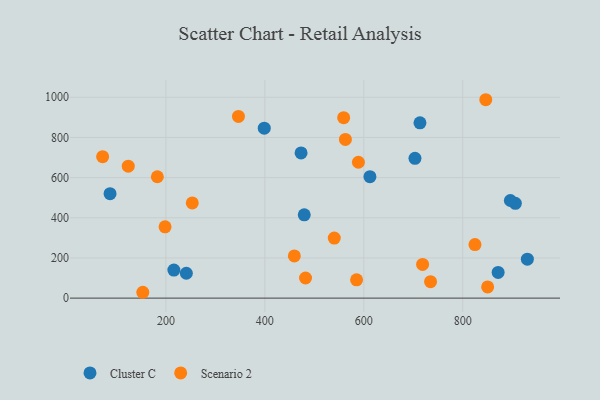
{"axis": {"x": "Speed", "y": "Profit"}, "legend": ["Cluster C", "Scenario 2"], "data": [{"x": "906.3", "y": 472.0, "type": "Cluster C"}, {"x": "479.6", "y": 414.9, "type": "Cluster C"}, {"x": "713.5", "y": 872.6, "type": "Cluster C"}, {"x": "871.5", "y": 128.1, "type": "Cluster C"}, {"x": "241.3", "y": 123.8, "type": "Cluster C"}, {"x": "612.4", "y": 604.8, "type": "Cluster C"}, {"x": "930.6", "y": 193.7, "type": "Cluster C"}, {"x": "87.1", "y": 520.2, "type": "Cluster C"}, {"x": "896.2", "y": 486.1, "type": "Cluster C"}, {"x": "703.4", "y": 695.9, "type": "Cluster C"}, {"x": "473.2", "y": 722.9, "type": "Cluster C"}, {"x": "216.1", "y": 139.6, "type": "Cluster C"}, {"x": "398.8", "y": 846.3, "type": "Cluster C"}, {"x": "589.1", "y": 676.5, "type": "Scenario 2"}, {"x": "72.1", "y": 704.1, "type": "Scenario 2"}, {"x": "824.7", "y": 266.4, "type": "Scenario 2"}, {"x": "718.8", "y": 167.8, "type": "Scenario 2"}, {"x": "123.9", "y": 657.0, "type": "Scenario 2"}, {"x": "562.8", "y": 790.3, "type": "Scenario 2"}, {"x": "153.3", "y": 29.1, "type": "Scenario 2"}, {"x": "459.6", "y": 210.1, "type": "Scenario 2"}, {"x": "182.7", "y": 604.2, "type": "Scenario 2"}, {"x": "346.6", "y": 904.8, "type": "Scenario 2"}, {"x": "253.3", "y": 474.2, "type": "Scenario 2"}, {"x": "846.5", "y": 987.8, "type": "Scenario 2"}, {"x": "540.3", "y": 298.9, "type": "Scenario 2"}, {"x": "734.9", "y": 82.1, "type": "Scenario 2"}, {"x": "585.4", "y": 91.1, "type": "Scenario 2"}, {"x": "482.2", "y": 100.2, "type": "Scenario 2"}, {"x": "850.3", "y": 55.9, "type": "Scenario 2"}, {"x": "559.3", "y": 898.6, "type": "Scenario 2"}, {"x": "198.3", "y": 354.8, "type": "Scenario 2"}]}